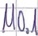
Text: M0.1